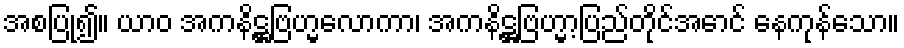
အစပြု၍။ ယာဝ အကနိဋ္ဌဗြဟ္မလောကာ၊ အကနိဋ္ဌဗြဟ္မာ့ပြည်တိုင်အောင် နေကုန်သော။